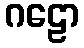
ဂဠော